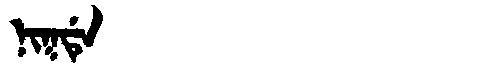
Manchu: ᠨᡳᡴᡩᡝ
Romanization: NIKDE